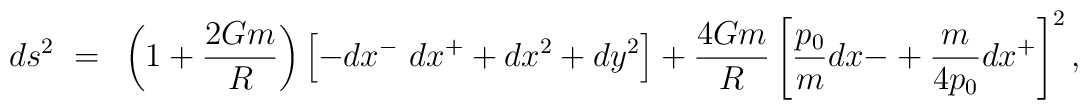
ds^2~=~\left(1+{2Gm \over R} \right)\left[-dx^{-}~dx^{+} + dx^2+dy^2\right] + {4Gm \over R}\left[{p_{0}  \over m}dx{-} +{m \over {4p_{0}}}dx^{+}\right]^2,